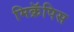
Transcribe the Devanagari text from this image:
मिक्रॅपिस